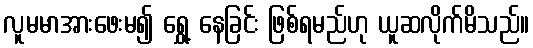
လူမမာအားဖေးမ၍ ရွှေ့ နေခြင်း ဖြစ်ရမည်ဟု ယူဆလိုက်မိသည်။